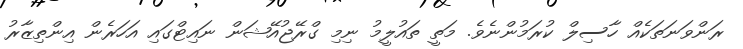
ރަންވަނަތަކެއް ހާސިލް ކުރަމުންނެވެ. މަތީ ތައުލީމު ނިމި ގްރޭޖުއޭޝަން ނައިޓްގައި އަހަރެން އިންތިޒާރު